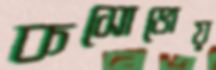
কসোভোয়